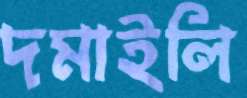
দমাইলি